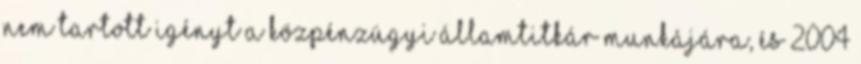
nem tartott igényt a közpénzügyi államtitkár munkájára, és 2004